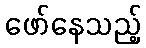
ဖော်နေသည့်